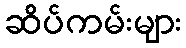
ဆိပ်ကမ်းများ